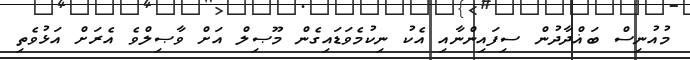
މުއުނިސް ބަޣްދާދުން ސިފައިންނާއި އެކު ނިކުމެވަޑައިގެން މޫޞިލް އަށް ވާޞިލްވެ އެރަށް އަޅުވެތި